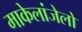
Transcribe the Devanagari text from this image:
माकेलांजेलो